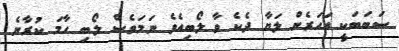
ސަބަބަކީ އަހަރެން ލަޔާ ދެކެ ވާ ލޯބިއެވެ ނަމަވެސް ލޯބި ހާމަ ކުރާނެ